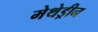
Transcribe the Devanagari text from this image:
मेथेड्रीन